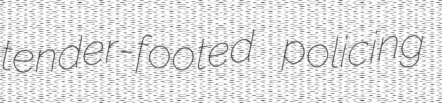
tender-footed policing